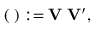
{ \bf \Xi } ( { \bf \Lambda } ) : = { \bf V \Lambda V } ^ { \prime } ,